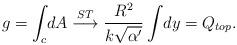
LaTeX: \begin{align*}g = \int_c \! d A \stackrel{S T}{\longrightarrow} \frac{R^2}{k\sqrt{\alpha^\prime}}\int\!dy = Q_{top} .\end{align*}